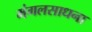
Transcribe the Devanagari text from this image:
मंगलसाधना